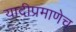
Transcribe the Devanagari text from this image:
यादीप्रमाणेच